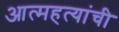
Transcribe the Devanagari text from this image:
आत्महत्यांची